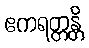
ဧကရတ္တန္တိ